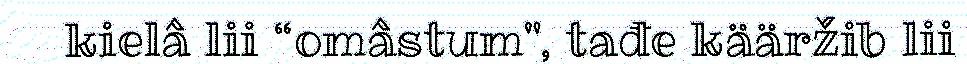
kielâ lii “omâstum", tađe kääržib lii